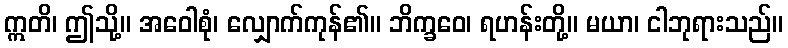
ဣတိ၊ ဤသို့။ အဝေါစုံ၊ လျှောက်ကုန်၏။ ဘိက္ခဝေ၊ ရဟန်းတို့။ မယာ၊ ငါဘုရားသည်။